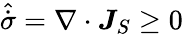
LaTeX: \hat{\dot{\sigma}}=\nabla\cdot\boldsymbol{J}_{S}\ge 0